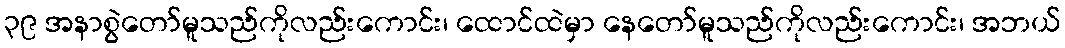
၃၉ အနာစွဲတော်မူသည်ကိုလည်းကောင်း၊ ထောင်ထဲမှာ နေတော်မူသည်ကိုလည်းကောင်း၊ အဘယ်